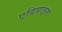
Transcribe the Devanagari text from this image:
एग्रिपाइना